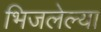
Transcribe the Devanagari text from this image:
भिजलेल्या